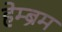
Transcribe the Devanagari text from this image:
हेम्‍ब्रम